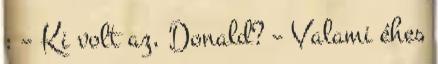
: – Ki volt az, Donald? – Valami éhes